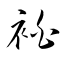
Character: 袙